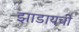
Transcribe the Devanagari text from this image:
झाडायची